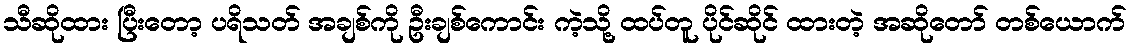
သီဆိုထား ပြီးတော့ ပရိသတ် အချစ်ကို ဦးချစ်ကောင်း ကဲ့သို့ ထပ်တူ ပိုင်ဆိုင် ထားတဲ့ အဆိုတော် တစ်ယောက်